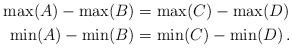
LaTeX: \begin{align*}\max (A) - \max (B) &= \max (C) - \max (D) \,\\\min (A) - \min (B) &= \min (C) - \min (D) \,.\end{align*}